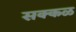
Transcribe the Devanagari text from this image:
सक्‍कळ